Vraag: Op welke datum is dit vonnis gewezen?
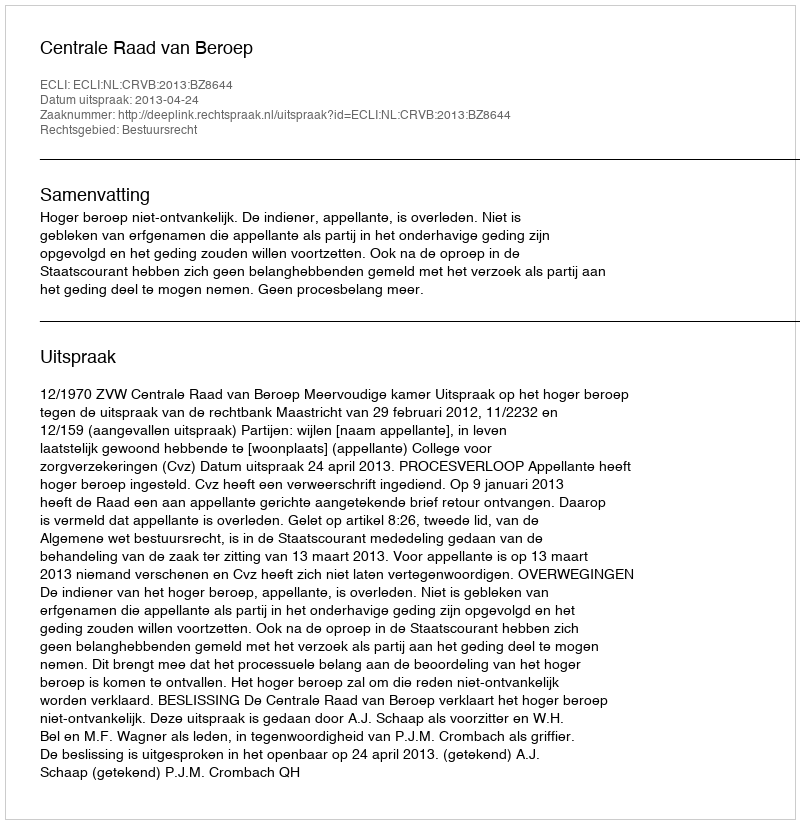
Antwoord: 2013-04-24